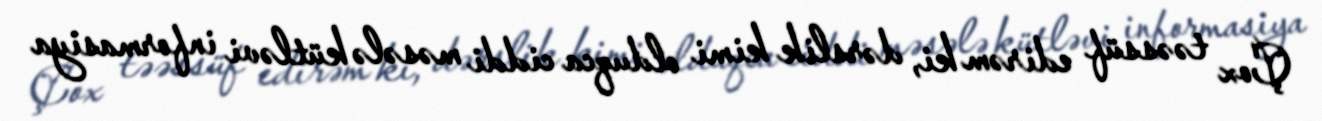
Çox təəssüf edirəm ki, dərslik kimi olduqca ciddi məsələ kütləvi informasiya